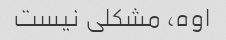
اوه، مشکلی نیست